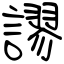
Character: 謬